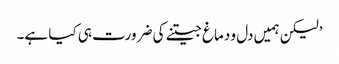
’لیکن ہمیں دل و دماغ جیتنے کی ضرورت ہی کیا ہے۔